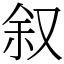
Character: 叙